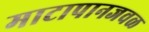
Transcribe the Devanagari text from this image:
माटापानजवळ